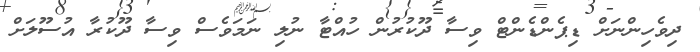
ދިވެހިންނަށް ޑިޕެންޑެންޓް ވިސާ ދޫކުރުން ހުއްޓާ ނުލި ނަމަވެސް ވިސާ ދޫކުރާ އުސޫލަށް